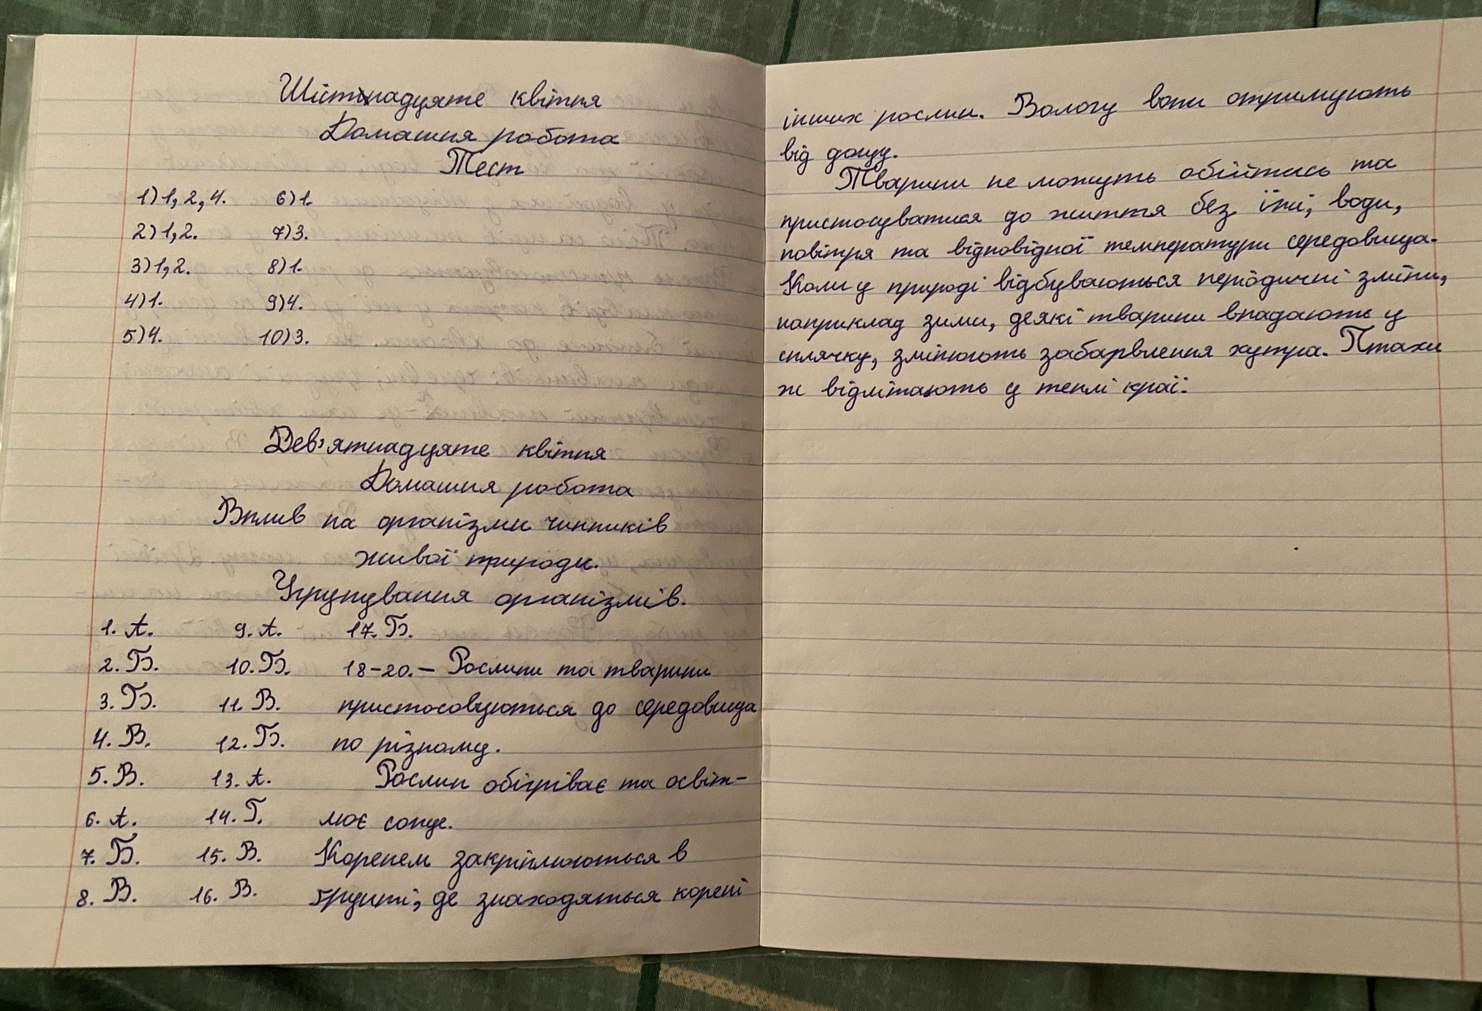
Шіст~~і~~надцяте квітня
інших рослин. Вологу вони отримують
Домашня робота
від дощу.
Тест
Тварини не можуть обійтись та
1) 1, 2, 4.
пристосуватися до життя без їжі, води,
6) 1.
2) 1, 2.
7) 3.
повітря та відповідної температури середовища.
3) 1, 2.
8) 1.
Коли у природі відбуваються періодичні зміни,
4) 1.
9)4.
наприклад зими,деякі тварини впадають у
5)4.
сплячку, змінюють забарвлення хутра.Птахи
10) 3.
ж відлітають у теплі краї.
Дев'ятнадцяте квітня
Домашня робота
Вплив на організми чинників
живої природи.
Угрупування організмів.
1. А.
9. А.
17.Б.
18-20. - Рослини та тварини
2. Б.
10.Б.
3. Б.
11.В.
пристосовуються до середовища
4. B.
12.Б.
по різному.
Рослин обігріває та освіт-
5. B.
13.А.
14.Г.
6. А.
лює сонце.
7.Б.
Коренем закріплюються в
15.В.
8. В.
16. В.
ґрунті,де знаходяться корені